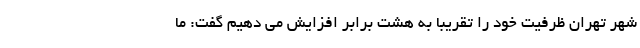
شهر تهران ظرفیت خود را تقریبا به هشت برابر افزایش می دهیم گفت: ما